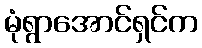
မုံရွာအောင်ရှင်က